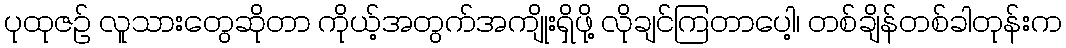
ပုထုဇဉ် လူသားတွေဆိုတာ ကိုယ့်အတွက်အကျိုးရှိဖို့ လိုချင်ကြတာပေါ့၊ တစ်ချိန်တစ်ခါတုန်းက